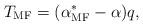
LaTeX: \begin{align*} T_{{\rm{MF}}} = (\alpha^\ast_{\rm{MF}} - \alpha) q,\end{align*}